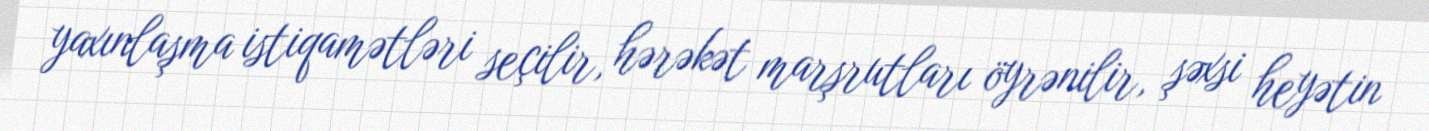
yaxınlaşma istiqamətləri seçilir, hərəkət marşrutları öyrənilir, şəxsi heyətin